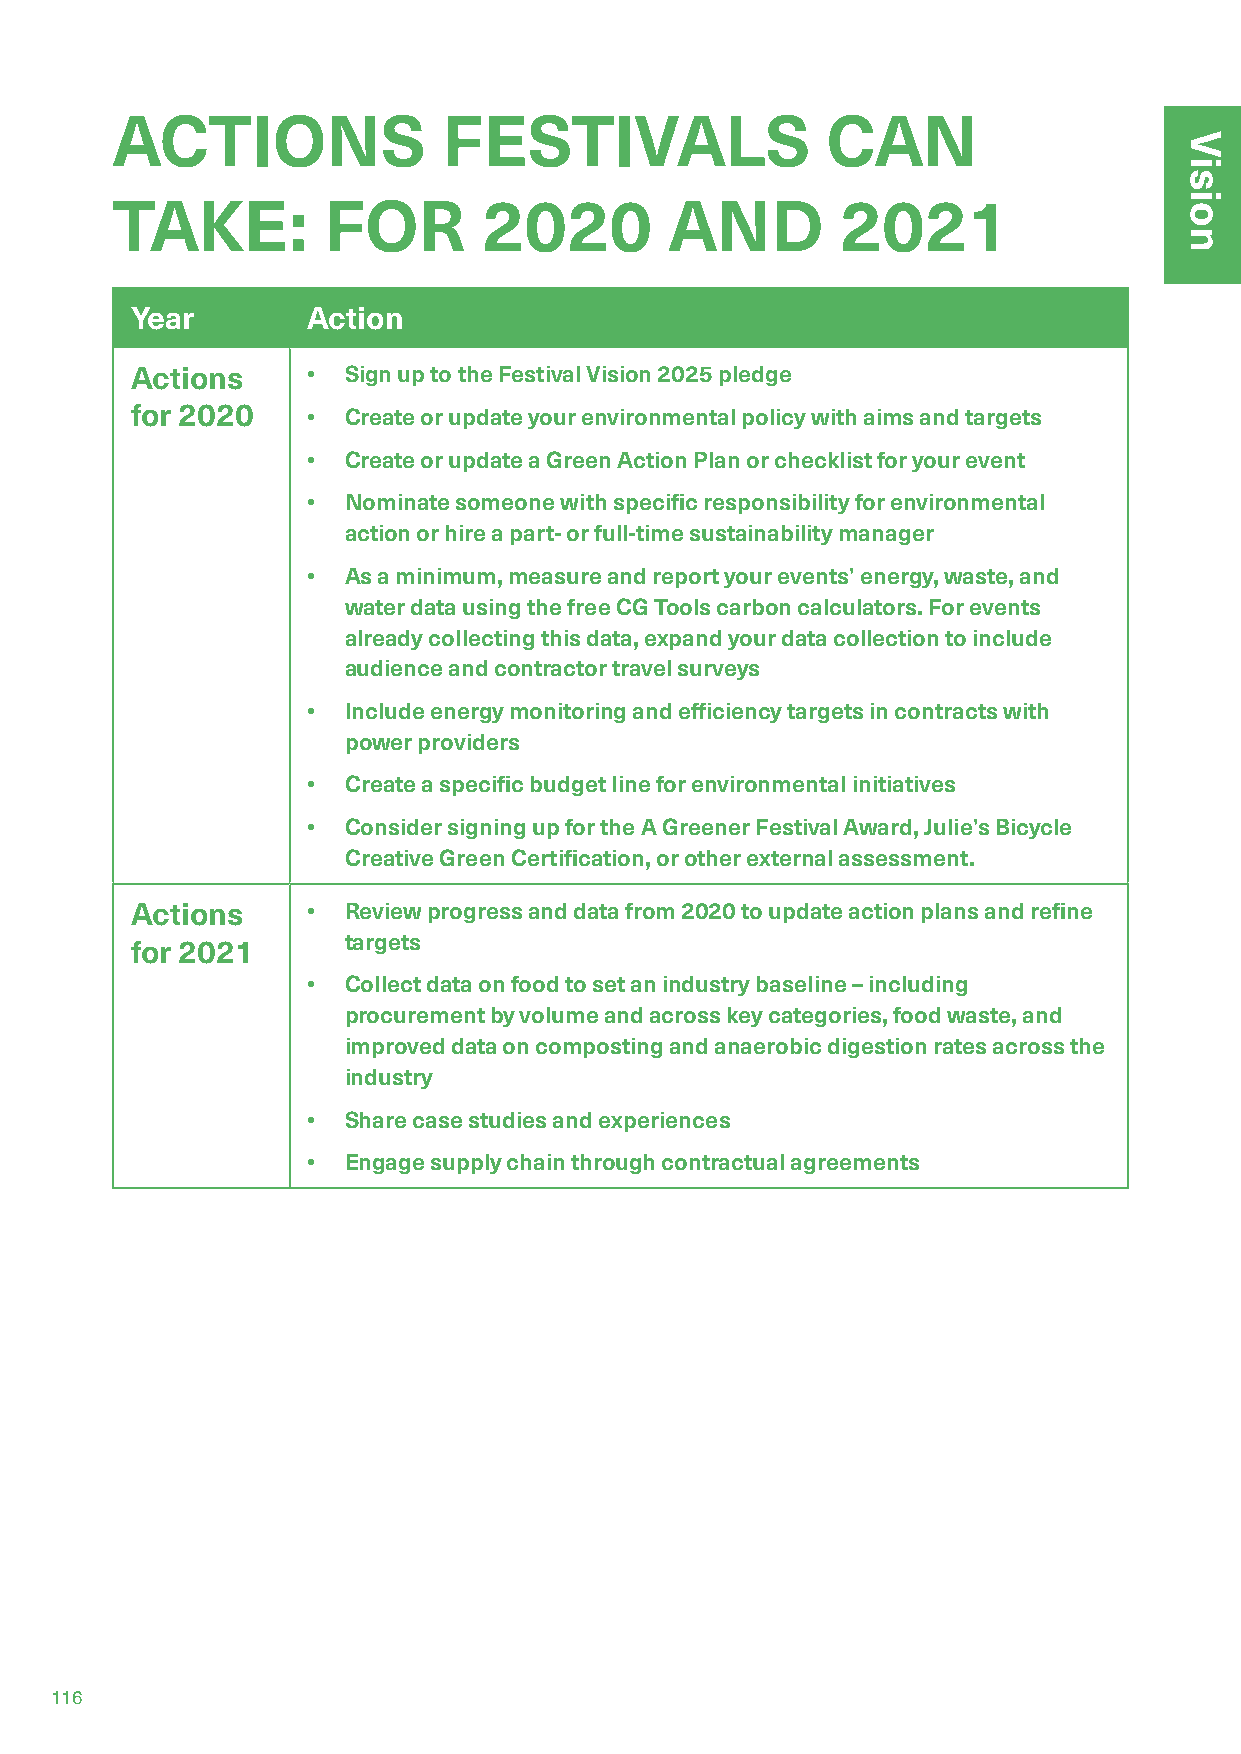
ACTIONS               FESTIVALS                 CAN
 TAKE:         FOR        2020        AND         2021
 Year       Action
 Actions    •  Sign up to the Festival Vision 2025 pledge
 for 2020   •  Create or update your environmental policy with aims and targets
 •  Create or update a Green Action Plan or checklist for your event
 •  Nominate someone with specific responsibility for environmental
 action or hire a part- or full-time sustainability manager
 •  As a minimum, measure and report your events’ energy, waste, and
 water data using the free CG Tools carbon calculators. For events
 already collecting this data, expand your data collection to include
 audience and contractor travel surveys
 •  Include energy monitoring and efficiency targets in contracts with
 power providers
 •  Create a specific budget line for environmental initiatives
 •  Consider signing up for the A Greener Festival Award, Julie’s Bicycle
 Creative Green Certification, or other external assessment.
 Actions    •  Review progress and data from 2020 to update action plans and refine
 targets
 for 2021
 •  Collect data on food to set an industry baseline – including
 procurement by volume and across key categories, food waste, and
 improved data on composting and anaerobic digestion rates across the
 industry
 •  Share case studies and experiences
 •  Engage supply chain through contractual agreements
 116
 Vision